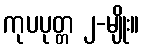
ကုပပုတ္တ ၂-မျိုး။